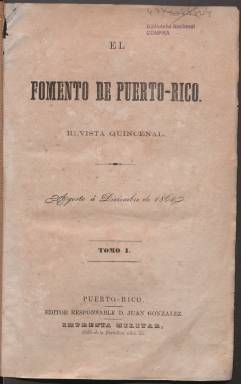
Título: El Fomento de Puerto-Rico (Puerto-Rico. 1863)
Otros títulos: Fomento de Puerto Rico
Colección: Revistas de información general
Ámbito geográfico: Puerto Rico
Lugar de publicación: Puerto-Rico
Fechas: 01/08/1863-31/12/1864